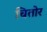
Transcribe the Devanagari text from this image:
चितोर